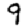
Digit: 9